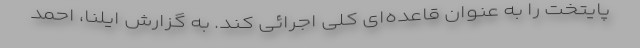
پایتخت را به عنوان قاعده‌ای کلی اجرائی کند. به گزارش ایلنا، احمد